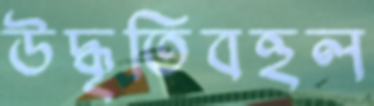
উদ্ধৃতিবহুল